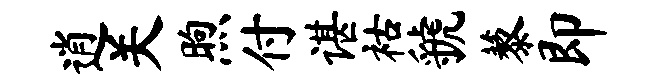
逍关煦付谌祜虢藜即